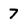
Character: 7